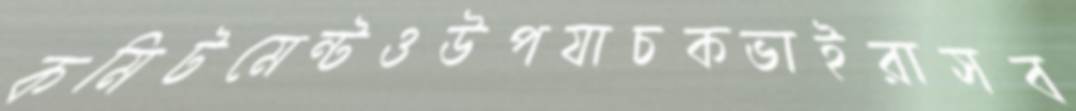
কমিটমেন্টওউপযাচকভাইরাসব